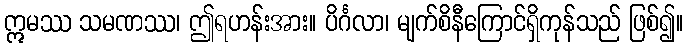
ဣမဿ သမဏဿ၊ ဤရဟန်းအား။ ပိင်္ဂလာ၊ မျက်စိနီကြောင်ရှိကုန်သည် ဖြစ်၍။